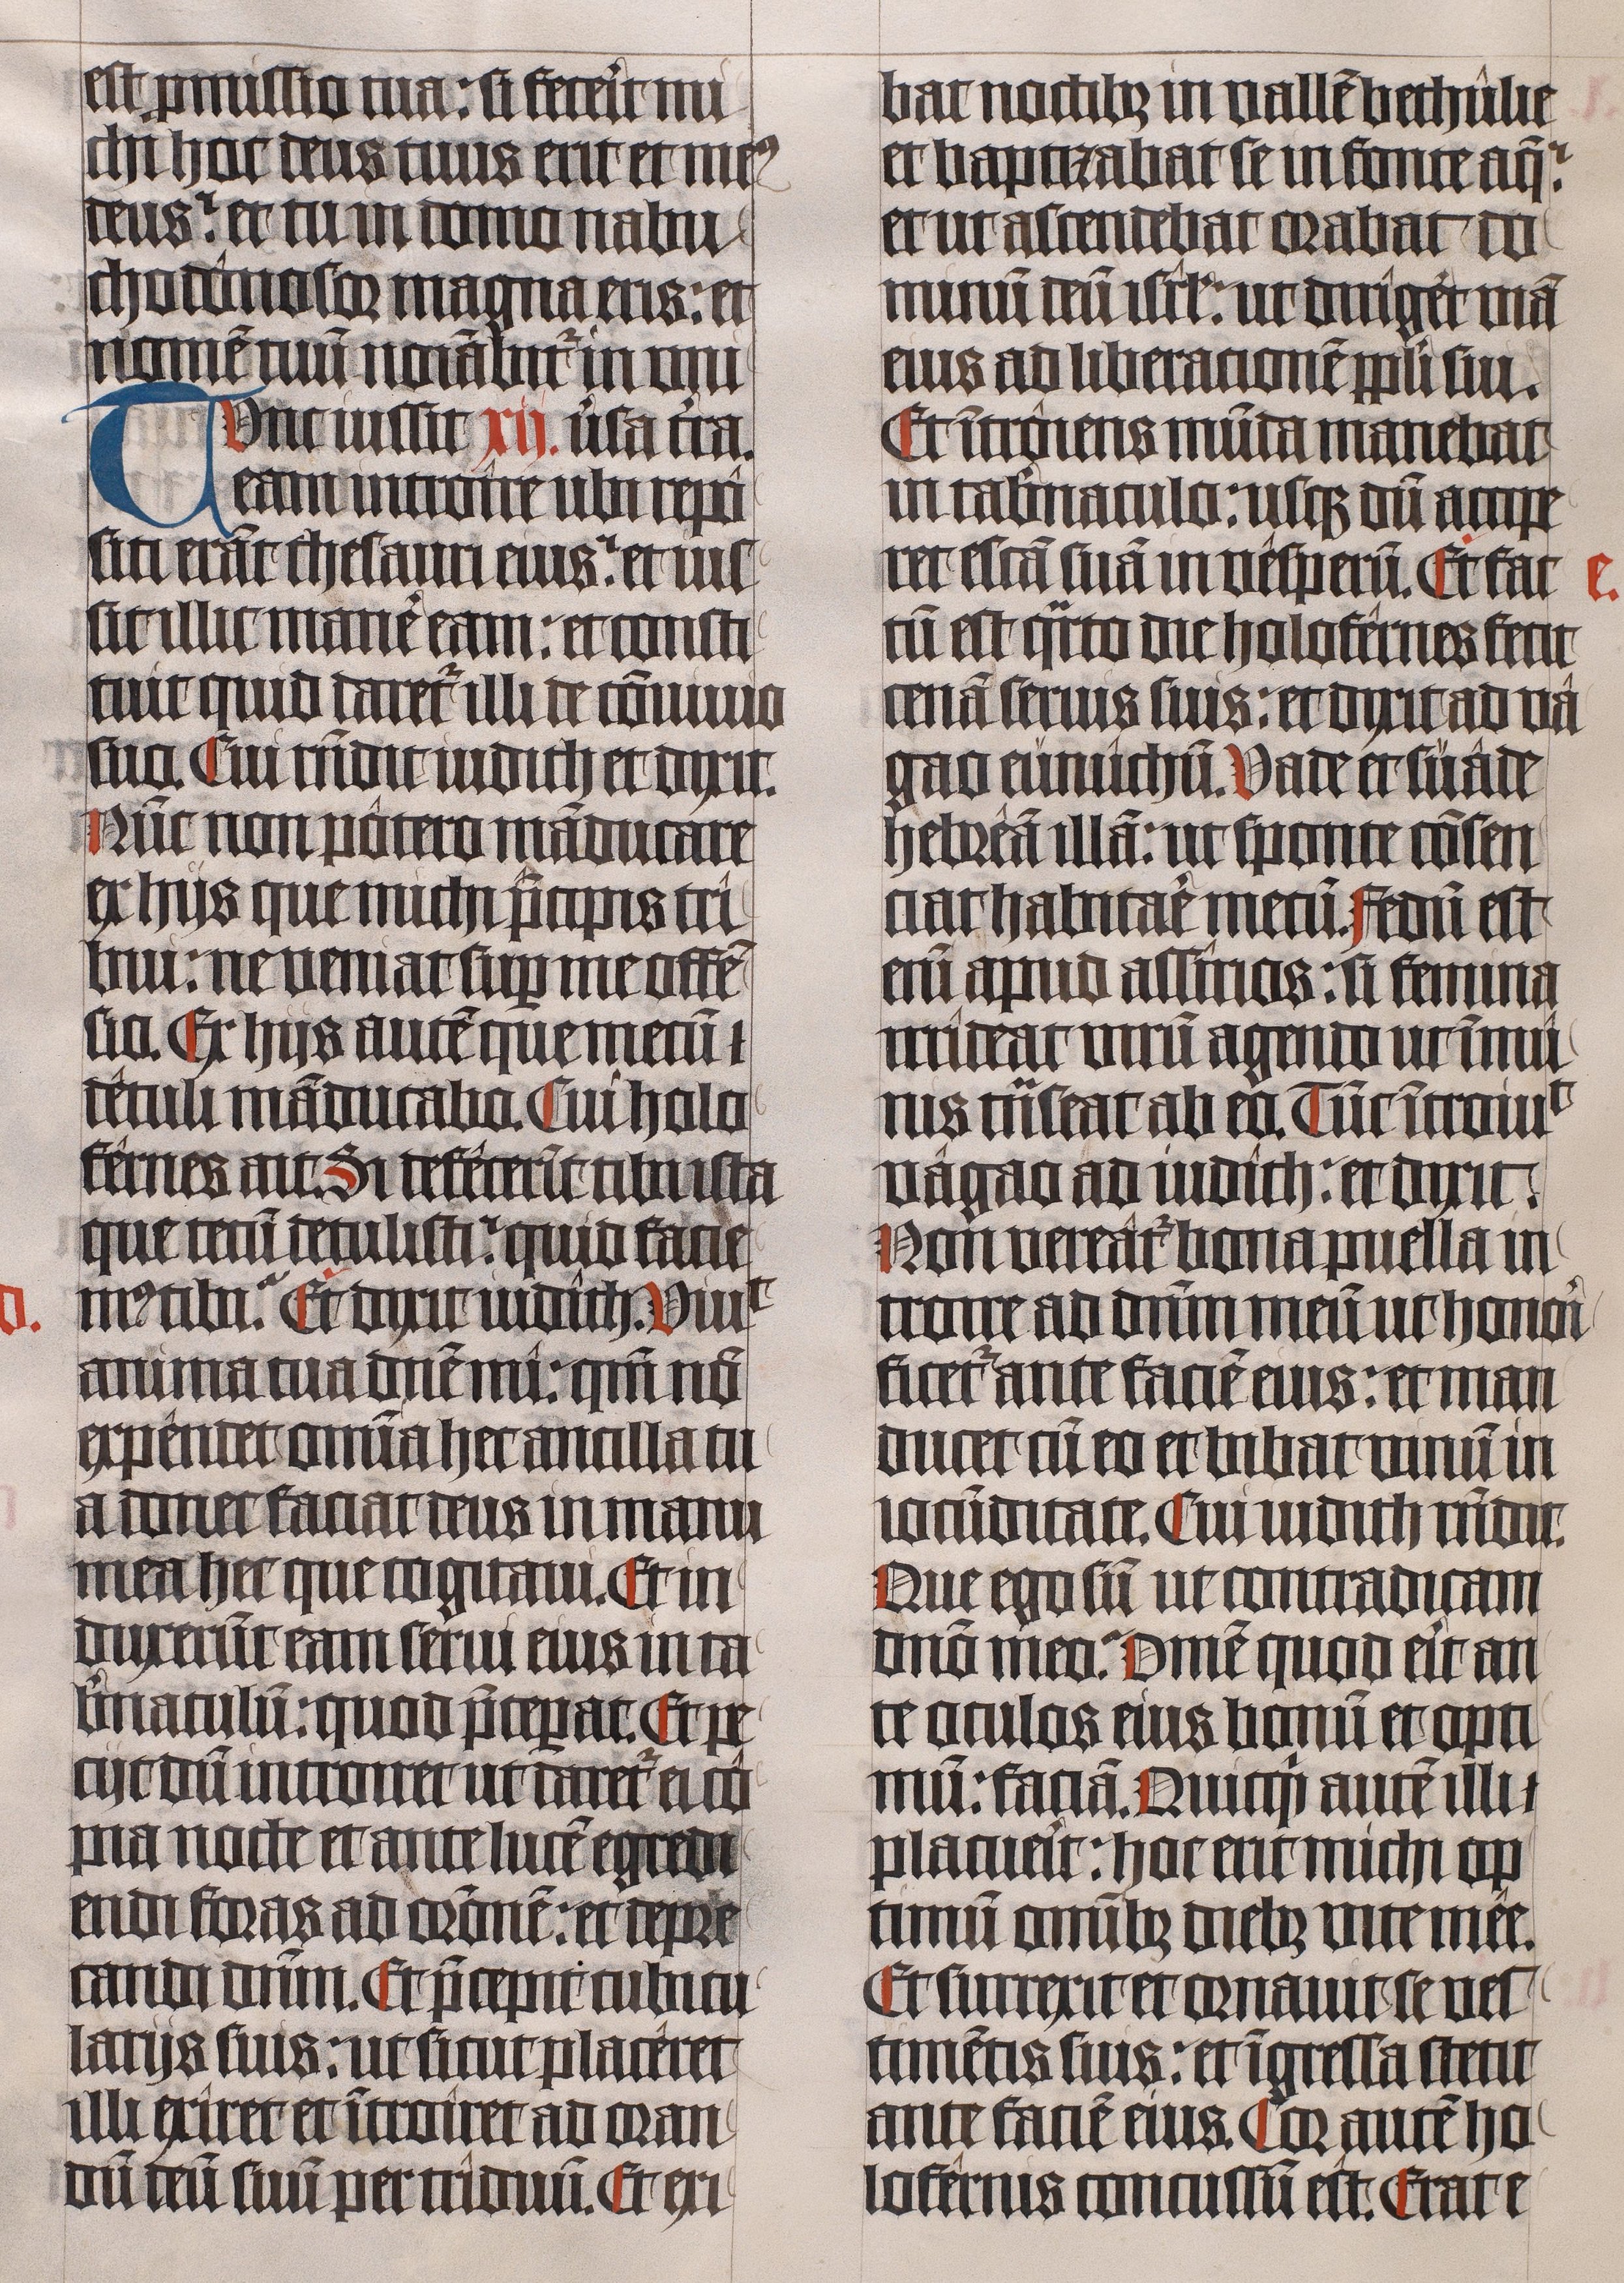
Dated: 1443–1443